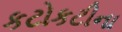
કટોકટીના